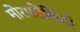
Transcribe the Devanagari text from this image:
मोरफोलिनो